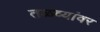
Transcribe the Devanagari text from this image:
तळव्यांवर